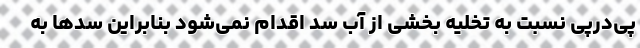
پی‌درپی نسبت به تخلیه بخشی از آب سد اقدام نمی‌شود بنابراین سدها به